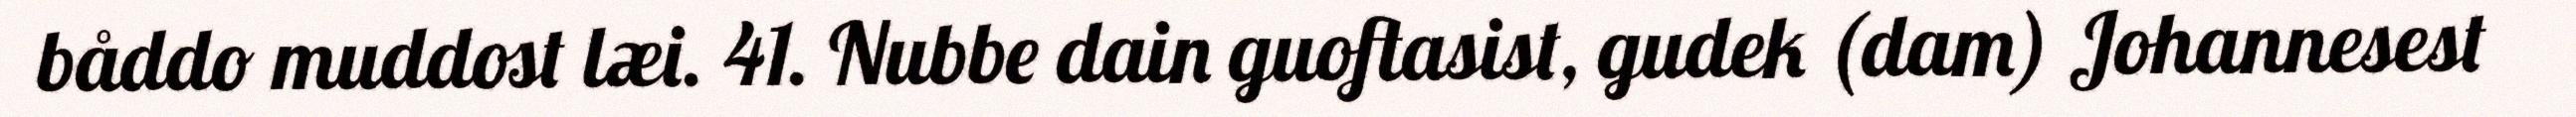
båddo muddost læi. 41. Nubbe dain guoftasist, gudek (dam) Johannesest